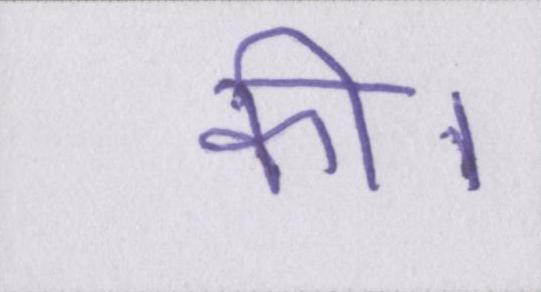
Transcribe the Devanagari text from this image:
की।